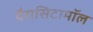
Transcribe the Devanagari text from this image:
पैरासिटामॉल